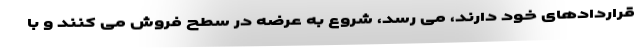
قراردادهای خود دارند، می رسد، شروع به عرضه در سطح فروش می کنند و با